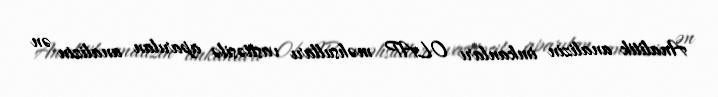
Analitik analizin imkanları OLAP məhsulları vasitəsilə aparılan analizin ən